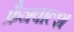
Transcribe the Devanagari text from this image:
फ्रैनवाल्श